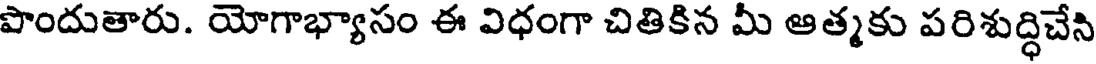
పొందుతారు. యోగాభ్యాసం ఈ విధంగా చితికిన మీ ఆత్మకు పరిశుద్ధిచేసి